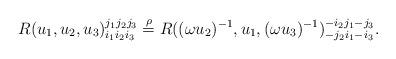
LaTeX: \begin{align*}R(u_1,u_2,u_3)^{j_1j_2j_3}_{i_1i_2i_3}\stackrel{\rho}{=}R((\omega u_2)^{-1},u_1,(\omega u_3)^{-1})^{-i_2j_1-j_3}_{-j_2i_1-i_3}.\end{align*}